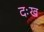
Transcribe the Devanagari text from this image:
दःख